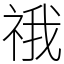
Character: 䄉